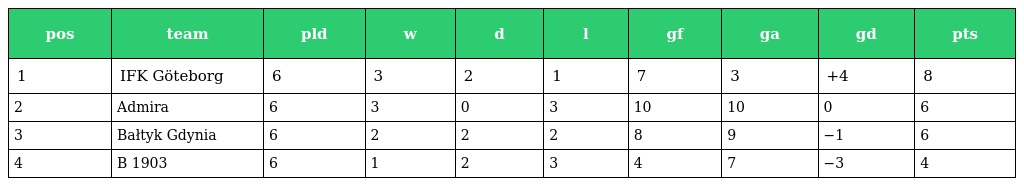
| pos | team | pld | w | d | l | gf | ga | gd | pts |
 | --- | --- | --- | --- | --- | --- | --- | --- | --- | --- |
 | 1 | IFK Göteborg | 6 | 3 | 2 | 1 | 7 | 3 | +4 | 8 |
 | 2 | Admira | 6 | 3 | 0 | 3 | 10 | 10 | 0 | 6 |
 | 3 | Bałtyk Gdynia | 6 | 2 | 2 | 2 | 8 | 9 | −1 | 6 |
 | 4 | B 1903 | 6 | 1 | 2 | 3 | 4 | 7 | −3 | 4 |